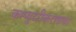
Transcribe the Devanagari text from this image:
कम्प्युटरीकरणाचा